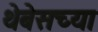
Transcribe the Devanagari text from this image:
थेबेसच्या